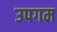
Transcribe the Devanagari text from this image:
उपगम